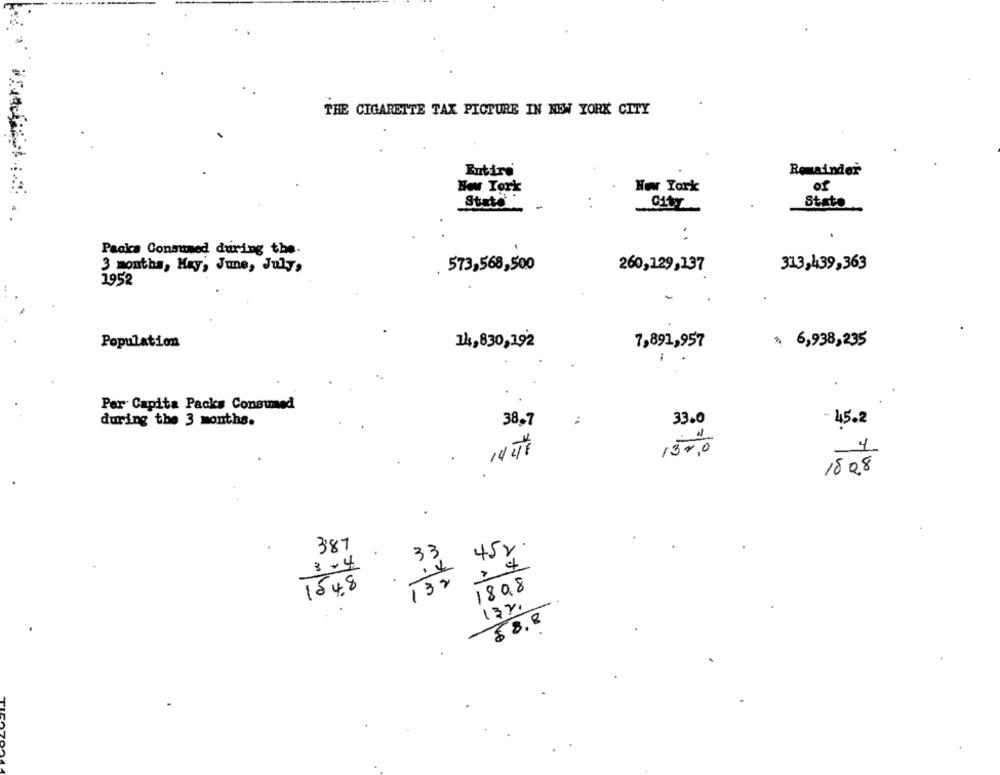
THE CIGARETTE TAX PICTURE IN NEW YORK CITY
Eutiro
Romainder
How Tork
Www York
of
Stato'
-
.
Stato
Packs Consumed during the.
3 months, May, June, July,
. 573,568,500
260,129,137
313,439,363
1952
Population
14,830,192
7,891,957
৳ 6,938,235
Per Capita Packs Consumed
during the 3 months.
38,7
..
33.0
- 45.2
14 47
1500
4
1808
387
14 45r.
33
>4
3-4
154.8
130
1898
13%.
$ 8.8